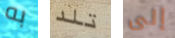
به تلد إلى